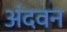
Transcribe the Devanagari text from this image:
अंदवन